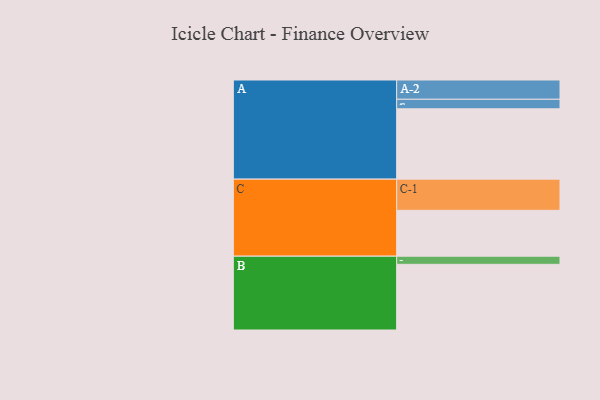
{"axis": {"x": "Segment", "y": "Value"}, "legend": ["", "A", "B", "C"], "data": [{"x": "A", "y": 544, "type": ""}, {"x": "B", "y": 508, "type": ""}, {"x": "C", "y": 355, "type": ""}, {"x": "A-1", "y": 74, "type": "A"}, {"x": "A-2", "y": 149, "type": "A"}, {"x": "B-1", "y": 63, "type": "B"}, {"x": "C-1", "y": 241, "type": "C"}]}